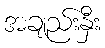
အချည်းနှီး